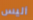
أليس